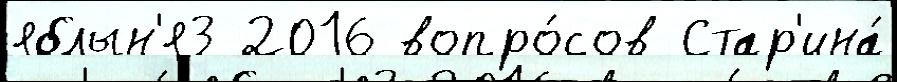
яблын'я3 2016 вопро́сов Стар'ина́